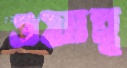
ওয়াহ্